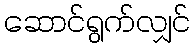
ဆောင်ရွက်လျှင်